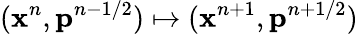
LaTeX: (\mathbf{x}^{n},\mathbf{p}^{n-1/2})\mapsto(\mathbf{x}^{n+1},\mathbf{p}^{n+1/2})